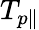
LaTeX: T_{p\| }